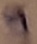
Text: 9